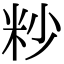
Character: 粆